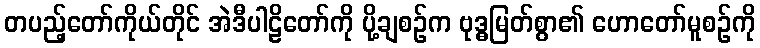
တပည့်တော်ကိုယ်တိုင် အဲဒီပါဠိတော်ကို ပို့ချစဉ်က ဗုဒ္ဓမြတ်စွာ၏ ဟောတော်မူစဉ်ကို